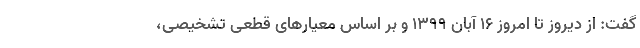
گفت: از دیروز تا امروز ۱۶ آبان ۱۳۹۹ و بر اساس معیارهای قطعی تشخیصی،